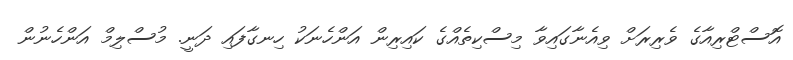
އޮސްޓްރިއާގެ ވެރިރަށް ވިއެނާގައިވާ މިސްކިތެއްގެ ކައިރިން އަންހެނަކު ހިނގާފައި ދަނީ. މުސްލިމް އަންހެނުން